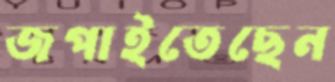
জপাইতেছেন